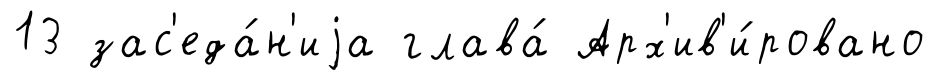
13 зас'еда́н'иjа глава́ Арх'ив'и́ровано